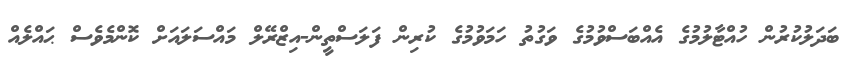
ބަދަލުކުރުން ހުއްޓާލުމުގެ އެއްބަސްވުމުގެ ވަގުތު ހަމަވުމުގެ ކުރިން ފަލަސްތީން-އިޒްރޭލް މައްސަލައަށް ކޮންމެވެސް ޙައްލެއް